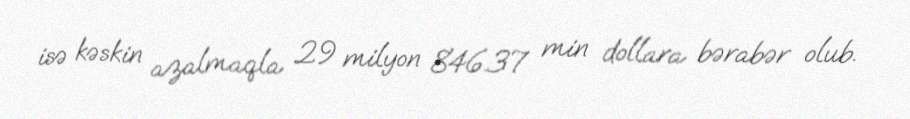
isə kəskin azalmaqla 29 milyon 846.37 min dollara bərabər olub.